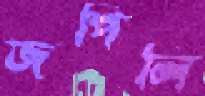
জপিলি